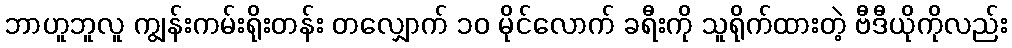
ဘာဟူဘူလူ ကျွန်းကမ်းရိုးတန်း တလျှောက် ၁၀ မိုင်လောက် ခရီးကို သူရိုက်ထားတဲ့ ဗီဒီယိုကိုလည်း